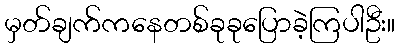
မှတ်ချက်ကနေတစ်ခုခုပြောခဲ့ကြပါဦး။